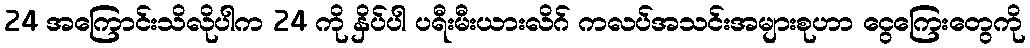
24 အကြောင်းသိလိုပါက 24 ကို နှိပ်ပါ ပရီးမီးယားလိဂ် ကလပ်အသင်းအများစုဟာ ငွေကြေးတွေကို